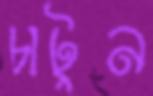
চাটুন